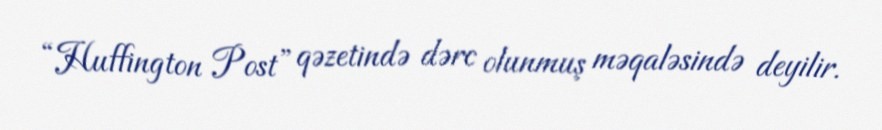
“Huffington Post” qəzetində dərc olunmuş məqaləsində deyilir.